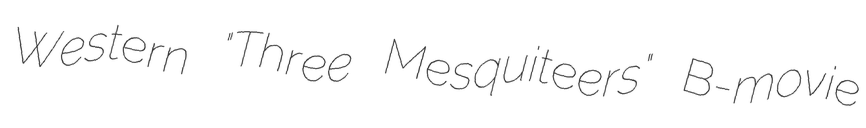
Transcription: Western "Three Mesquiteers" B-movie